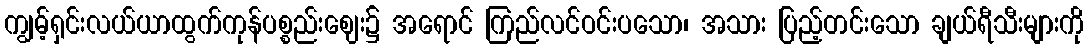
ကျွမ့်ရှင်းလယ်ယာထွက်ကုန်ပစ္စည်းဈေး၌ အရောင် ကြည်လင်ဝင်းပသော၊ အသား ပြည့်တင်းသော ချယ်ရီသီးများကို